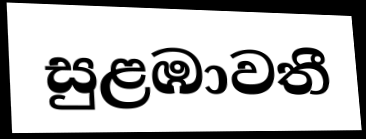
සුළඹාවතී